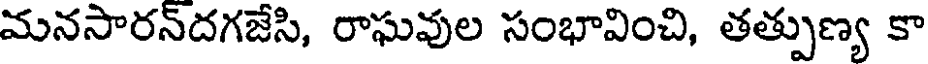
మనసారన్దగజేసి, రాఘవుల సంభావించి, తత్పుణ్య కా